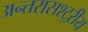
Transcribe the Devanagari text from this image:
अन्तरासश्ट्ऱीय